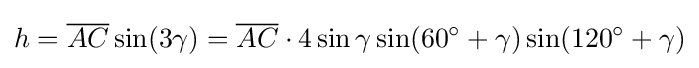
h={\overline {AC}}\sin(3\gamma )={\overline {AC}}\cdot 4\sin \gamma \sin(60^{\circ }+\gamma )\sin(120^{\circ }+\gamma )